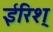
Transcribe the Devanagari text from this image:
ईरिश्